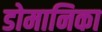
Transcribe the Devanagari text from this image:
डोमानिका